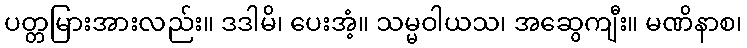
ပတ္တမြားအားလည်း။ ဒဒါမိ၊ ပေးအံ့။ သမ္မဝါယသ၊ အဆွေကျီး။ မဏိနာစ၊